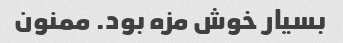
بسیار خوش مزه بود. ممنون